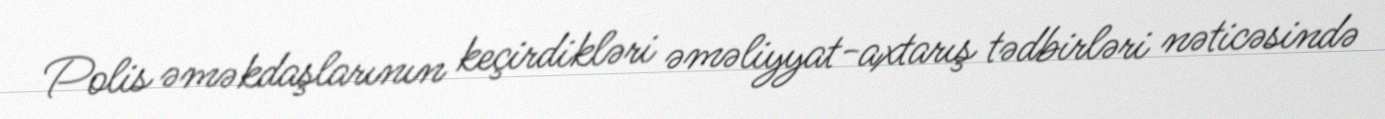
Polis əməkdaşlarının keçirdikləri əməliyyat-axtarış tədbirləri nəticəsində